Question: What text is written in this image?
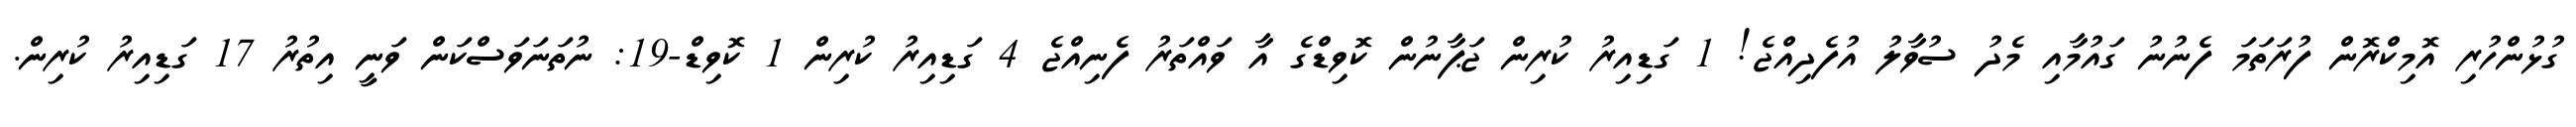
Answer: ގުޅުންހުރި އޮމިކްރޮން ފުރަތަމަ ފެނުނު ގައުމާއި މެދު ސުވާލު އުފެދިއްޖެ! 1 ގަޑިއިރު ކުރިން ޖަޕާނުން ކޮވިޑްގެ އާ ވައްތަރު ފެނިއްޖެ 4 ގަޑިއިރު ކުރިން 1 ކޮވިޑް-19: ނުތަނަވަސްކަން ވަނީ އިތުރު 17 ގަޑިއިރު ކުރިން.